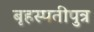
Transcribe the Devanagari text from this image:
बृहस्पतीपुत्र